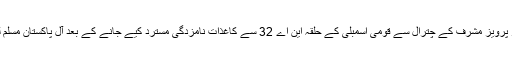
اسلام آباد — الیکشن ٹربیونل کی طرف سے سابق فوجی صدر پرویز مشرف کے چترال سے قومی اسمبلی کے حلقہ این اے 32 سے کاغذات نامزدگی مسترد کیے جانے کے بعد آل پاکستان مسلم لیگ کے سربراہ فی الوقت انتخابی عمل سے باہر ہو گئے ہیں۔